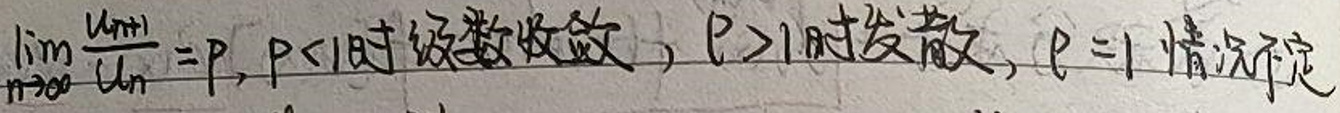
\(\lim_{n \to \infty} \frac{u_{n + 1}}{u_n} = p, \ p < 1\)时级数收敛\(, \ p > 1\)时发散\(, \ p = 1\)情况不定